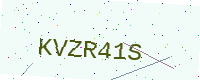
Text: KVZR41S